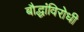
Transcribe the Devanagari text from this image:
बौद्धांविरोधी